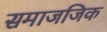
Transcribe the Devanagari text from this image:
समाजजिक